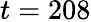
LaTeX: t=208